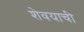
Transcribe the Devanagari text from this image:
शेवयाची